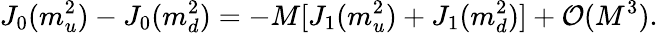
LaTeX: J_{0}(m_{u}^{2})-J_{0}(m_{d}^{2})=-M[J_{1}(m_{u}^{2})+J_{1}(m_{d}^{2})]+{\cal O}(M^{3}).